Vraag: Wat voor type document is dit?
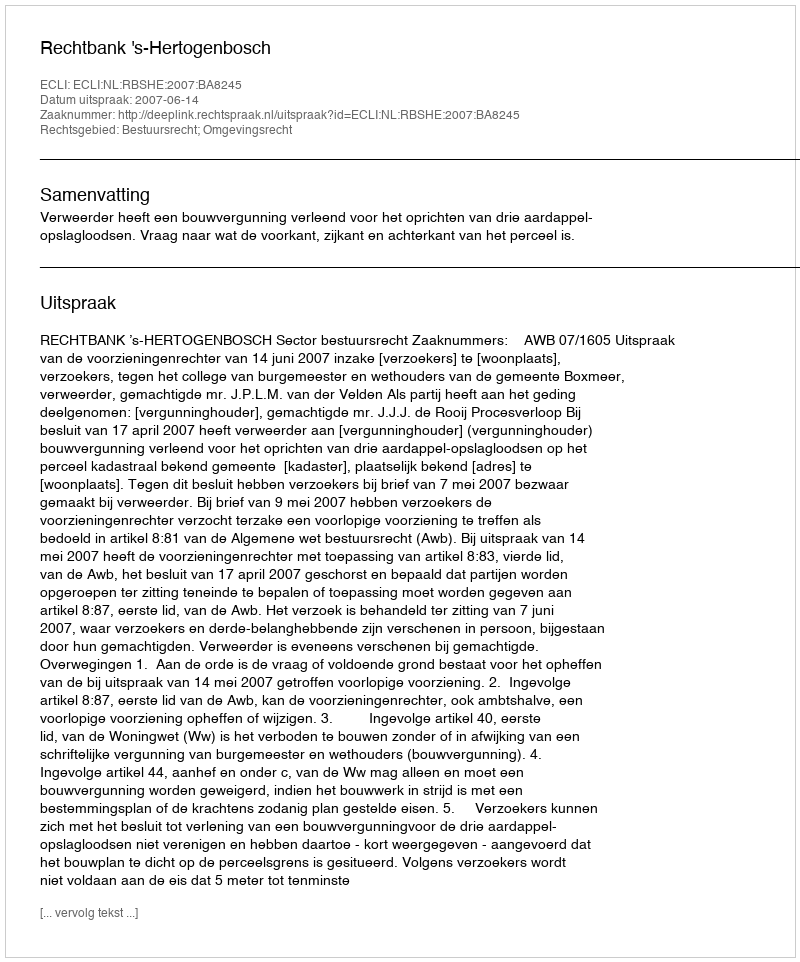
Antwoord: Uitspraak